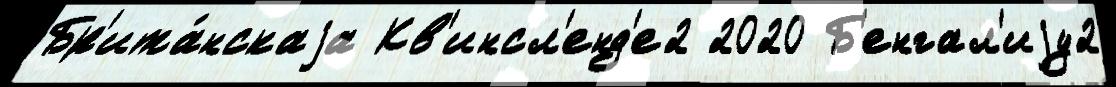
Бр'ита́нскаjа Кв'инсл'енд'е2 2020 Б'енгал'иjу2